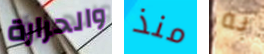
والحرارة منذ به